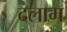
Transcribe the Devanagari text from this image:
दलाम